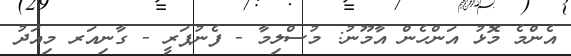
އެންމެ މޮޅު އަންހެން އާމޫނު: މުސްލިމާ - ފެނުޕަރީ - ގާނިއަރ މިއަދު